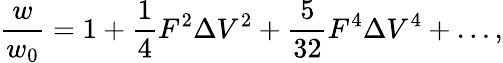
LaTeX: \frac{w}{w_{0}}=1+\frac{1}{4}F^{2}\Delta V^{2}+\frac{5}{32}F^{4}\Delta V^{4}+\ldots,